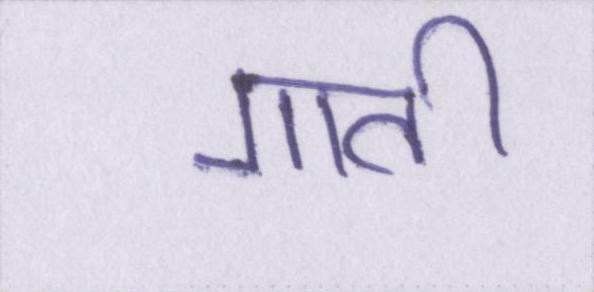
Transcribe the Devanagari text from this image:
गाती